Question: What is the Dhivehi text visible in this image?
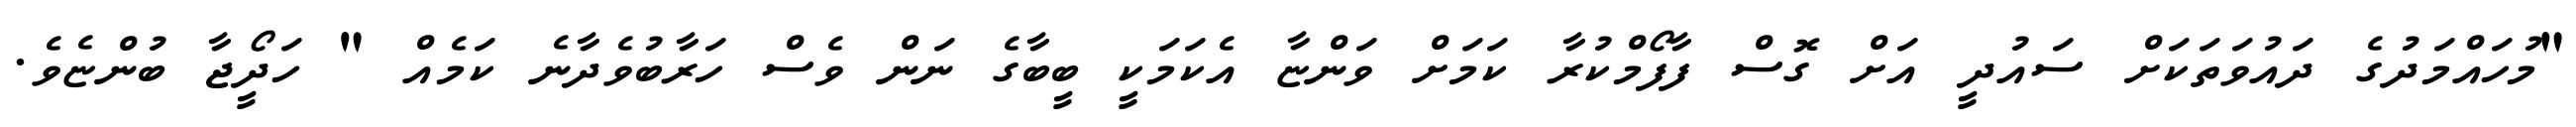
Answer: "މުހައްމަދުގެ ދައުވަތަކަށް ސައުދީ އަށް ގޮސް ފާފޯމްކުރާ ކަމަށް ވަންޏާ އެކަމަކީ ބީބާގެ ނަން ވެސް ހަރާބުވެދާނެ ކަމެއް " ހަދޯީޖާ ބުންޏެވެ.